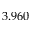
3 . 9 6 0